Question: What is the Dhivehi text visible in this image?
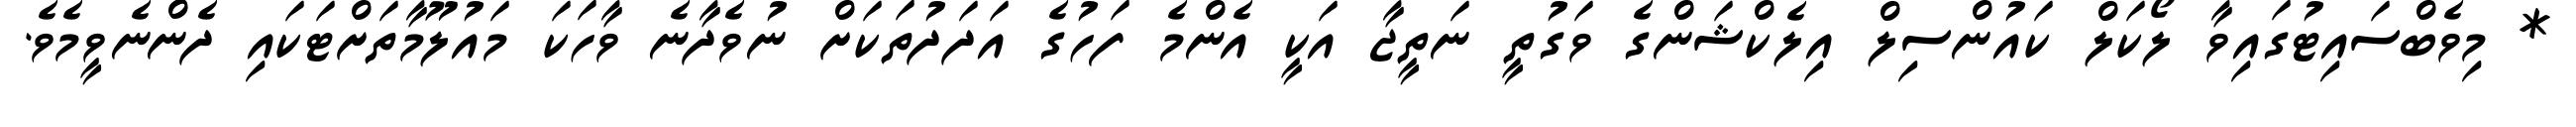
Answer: * މިވެބްސައިޓުގައިވާ ލޯކަލް ކައުންސިލް އިލެކްޝަންގެ ވަގުތީ ނަތީޖާ އަކީ އެންމެ ފަހުގެ އަދަދުތަކަށް ނުވެދާނެ ވާހަކަ މައުލޫމާތަށްޓަކައި ދެންނެވީމެވެ.